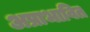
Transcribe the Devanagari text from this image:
अप्राभावित